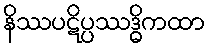
နိဿပဋိပ္ပဿဒ္ဓိကထာ